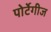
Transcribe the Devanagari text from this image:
पोर्टेगीज